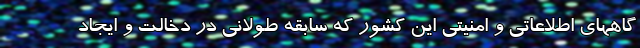
گاههای اطلاعاتی و امنیتی این کشور که سابقه طولانی در دخالت و ایجاد